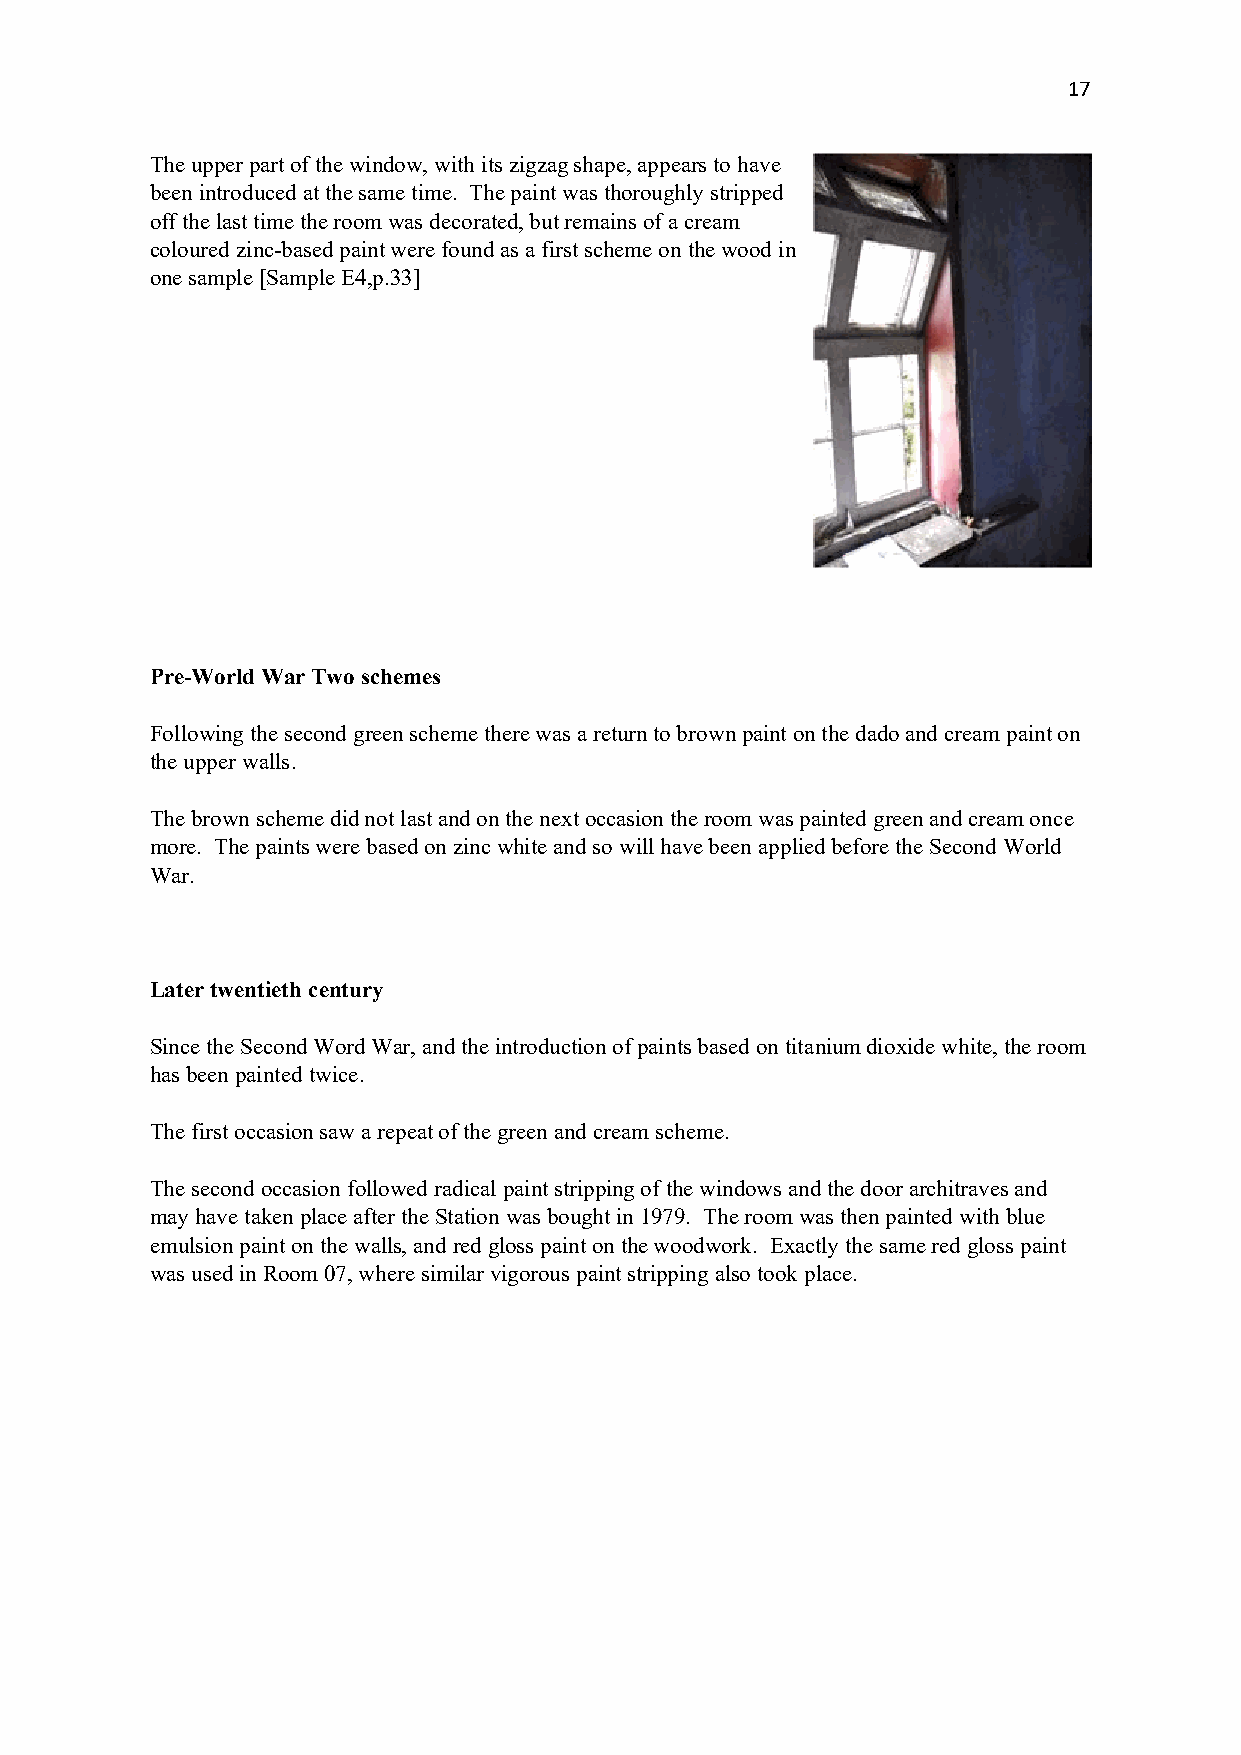
17
 The upper part of the window, with its zigzag shape, appears to have
 been introduced at the same time. The paint was thoroughly stripped
 off the last time the room was decorated, but remains of a cream
 coloured zinc-based paint were found as a first scheme on the wood in
 one sample [Sample E4,p.33]
 Pre-World War Two schemes
 Following the second green scheme there was a return to brown paint on the dado and cream paint on
 the upper walls.
 The brown scheme did not last and on the next occasion the room was painted green and cream once
 more. The paints were based on zinc white and so will have been applied before the Second World
 War.
 Later twentieth century
 Since the Second Word War, and the introduction of paints based on titanium dioxide white, the room
 has been painted twice.
 The first occasion saw a repeat of the green and cream scheme.
 The second occasion followed radical paint stripping of the windows and the door architraves and
 may have taken place after the Station was bought in 1979. The room was then painted with blue
 emulsion paint on the walls, and red gloss paint on the woodwork. Exactly the same red gloss paint
 was used in Room 07, where similar vigorous paint stripping also took place.